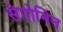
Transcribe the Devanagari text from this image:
सेपोनिन